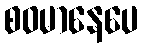
စဝမာနေပေ